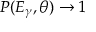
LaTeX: P ( E _ { \gamma } , \theta ) \rightarrow 1